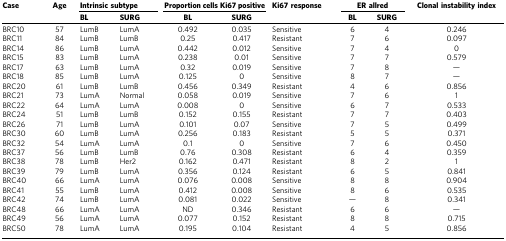
<table><thead><tr><td><b>Case</b></td><td><b>Age</b></td><td colspan="2"><b>Intrinsic subtype</b></td><td colspan="2"><b>Proportion cells Ki67 positive</b></td><td><b>Ki67 response</b></td><td colspan="2"><b>ER allred</b></td><td><b>Clonal instability index</b></td></tr><tr><td><b> </b></td><td><b> </b></td><td><b>BL</b></td><td><b>SURG</b></td><td><b>BL</b></td><td><b>SURG</b></td><td><b> </b></td><td><b>BL</b></td><td><b>SURG</b></td><td><b> </b></td></tr></thead><tbody><tr><td>BRC10</td><td>57</td><td>LumB</td><td>LumA</td><td>0.492</td><td>0.035</td><td>Sensitive</td><td>6</td><td>4</td><td>0.246</td></tr><tr><td>BRC11</td><td>84</td><td>LumB</td><td>LumB</td><td>0.25</td><td>0.417</td><td>Resistant</td><td>7</td><td>6</td><td>0.097</td></tr><tr><td>BRC14</td><td>86</td><td>LumB</td><td>LumA</td><td>0.442</td><td>0.012</td><td>Sensitive</td><td>7</td><td>4</td><td>0</td></tr><tr><td>BRC15</td><td>83</td><td>LumB</td><td>LumA</td><td>0.238</td><td>0.01</td><td>Sensitive</td><td>7</td><td>7</td><td>0.579</td></tr><tr><td>BRC17</td><td>63</td><td>LumB</td><td>LumA</td><td>0.32</td><td>0.019</td><td>Sensitive</td><td>7</td><td>8</td><td>—</td></tr><tr><td>BRC18</td><td>85</td><td>LumB</td><td>LumA</td><td>0.125</td><td>0</td><td>Sensitive</td><td>8</td><td>7</td><td>—</td></tr><tr><td>BRC20</td><td>61</td><td>LumB</td><td>LumB</td><td>0.456</td><td>0.349</td><td>Resistant</td><td>4</td><td>6</td><td>0.856</td></tr><tr><td>BRC21</td><td>73</td><td>LumA</td><td>Normal</td><td>0.058</td><td>0.019</td><td>Sensitive</td><td>7</td><td>6</td><td>1</td></tr><tr><td>BRC22</td><td>64</td><td>LumA</td><td>LumA</td><td>0.008</td><td>0</td><td>Sensitive</td><td>6</td><td>7</td><td>0.533</td></tr><tr><td>BRC24</td><td>51</td><td>LumB</td><td>LumB</td><td>0.152</td><td>0.155</td><td>Resistant</td><td>7</td><td>7</td><td>0.403</td></tr><tr><td>BRC26</td><td>71</td><td>LumB</td><td>LumA</td><td>0.101</td><td>0.07</td><td>Sensitive</td><td>7</td><td>5</td><td>0.499</td></tr><tr><td>BRC30</td><td>60</td><td>LumB</td><td>LumA</td><td>0.256</td><td>0.183</td><td>Resistant</td><td>5</td><td>5</td><td>0.371</td></tr><tr><td>BRC32</td><td>54</td><td>LumA</td><td>LumA</td><td>0.1</td><td>0</td><td>Sensitive</td><td>7</td><td>6</td><td>0.450</td></tr><tr><td>BRC37</td><td>56</td><td>LumB</td><td>LumB</td><td>0.76</td><td>0.308</td><td>Resistant</td><td>6</td><td>4</td><td>0.359</td></tr><tr><td>BRC38</td><td>78</td><td>LumB</td><td>Her2</td><td>0.162</td><td>0.471</td><td>Resistant</td><td>8</td><td>2</td><td>1</td></tr><tr><td>BRC39</td><td>79</td><td>LumB</td><td>LumA</td><td>0.356</td><td>0.124</td><td>Resistant</td><td>6</td><td>5</td><td>0.841</td></tr><tr><td>BRC40</td><td>66</td><td>LumA</td><td>LumA</td><td>0.076</td><td>0.008</td><td>Sensitive</td><td>8</td><td>8</td><td>0.904</td></tr><tr><td>BRC41</td><td>55</td><td>LumB</td><td>LumA</td><td>0.412</td><td>0.008</td><td>Sensitive</td><td>8</td><td>6</td><td>0.535</td></tr><tr><td>BRC42</td><td>74</td><td>LumB</td><td>LumA</td><td>0.081</td><td>0.022</td><td>Sensitive</td><td>—</td><td>8</td><td>0.341</td></tr><tr><td>BRC48</td><td>66</td><td>LumA</td><td>LumA</td><td>ND</td><td>0.346</td><td>Resistant</td><td>6</td><td>6</td><td>—</td></tr><tr><td>BRC49</td><td>56</td><td>LumA</td><td>LumA</td><td>0.077</td><td>0.152</td><td>Resistant</td><td>8</td><td>8</td><td>0.715</td></tr><tr><td>BRC50</td><td>78</td><td>LumA</td><td>LumA</td><td>0.195</td><td>0.104</td><td>Resistant</td><td>4</td><td>5</td><td>0.856</td></tr></tbody></table>